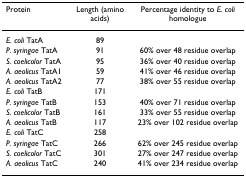
<table><thead><tr><td><b>Protein</b></td><td><b>Length (amino acids)</b></td><td><b>Percentage identity to <i>E. coli </i>homologue</b></td></tr></thead><tbody><tr><td><i>E. coli </i>TatA</td><td>89</td><td></td></tr><tr><td><i>P. syringae </i>TatA</td><td>91</td><td>60% over 48 residue overlap</td></tr><tr><td><i>S. coelicolor </i>TatA</td><td>95</td><td>36% over 40 residue overlap</td></tr><tr><td><i>A. aeolicus </i>TatA1</td><td>59</td><td>41% over 46 residue overlap</td></tr><tr><td><i>A. aeolicus </i>TatA2</td><td>77</td><td>38% over 55 residue overlap</td></tr><tr><td><i>E. coli </i>TatB</td><td>171</td><td></td></tr><tr><td><i>P. syringae </i>TatB</td><td>153</td><td>40% over 71 residue overlap</td></tr><tr><td><i>S. coelicolor </i>TatB</td><td>161</td><td>33% over 55 residue overlap</td></tr><tr><td><i>A. aeolicus </i>TatB</td><td>117</td><td>23% over 102 residue overlap</td></tr><tr><td><i>E. coli </i>TatC</td><td>258</td><td></td></tr><tr><td><i>P. syringae </i>TatC</td><td>266</td><td>62% over 245 residue overlap</td></tr><tr><td><i>S. coelicolor </i>TatC</td><td>301</td><td>27% over 247 residue overlap</td></tr><tr><td><i>A. aeolicus </i>TatC</td><td>240</td><td>41% over 234 residue overlap</td></tr></tbody></table>